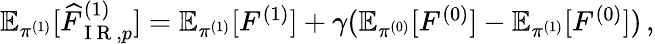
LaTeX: \begin{array}{r}{\mathbb{E}_{\pi^{(1)}}[\widehat{F}_{\mathrm{~I~R~},p}^{(1)}]=\mathbb{E}_{\pi^{(1)}}[F^{(1)}]+\gamma(\mathbb{E}_{\pi^{(0)}}[F^{(0)}]-\mathbb{E}_{\pi^{(1)}}[F^{(0)}])\, ,}\end{array}